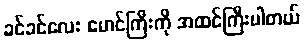
ခင်ခင်လေး မောင်ကြီးကို အထင်ကြီးပါတယ်